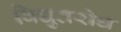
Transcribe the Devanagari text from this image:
विद्युतरोध